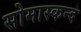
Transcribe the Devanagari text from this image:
सोमास्कन्द